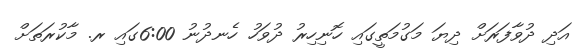
އަދި ދުވާފަރަށް ދިޔަ މަގުމަތީގައި ހޮނިހިރު ދުވަހު ހެނދުނު 6:00ގައި ރ. މާކުރަތަށް